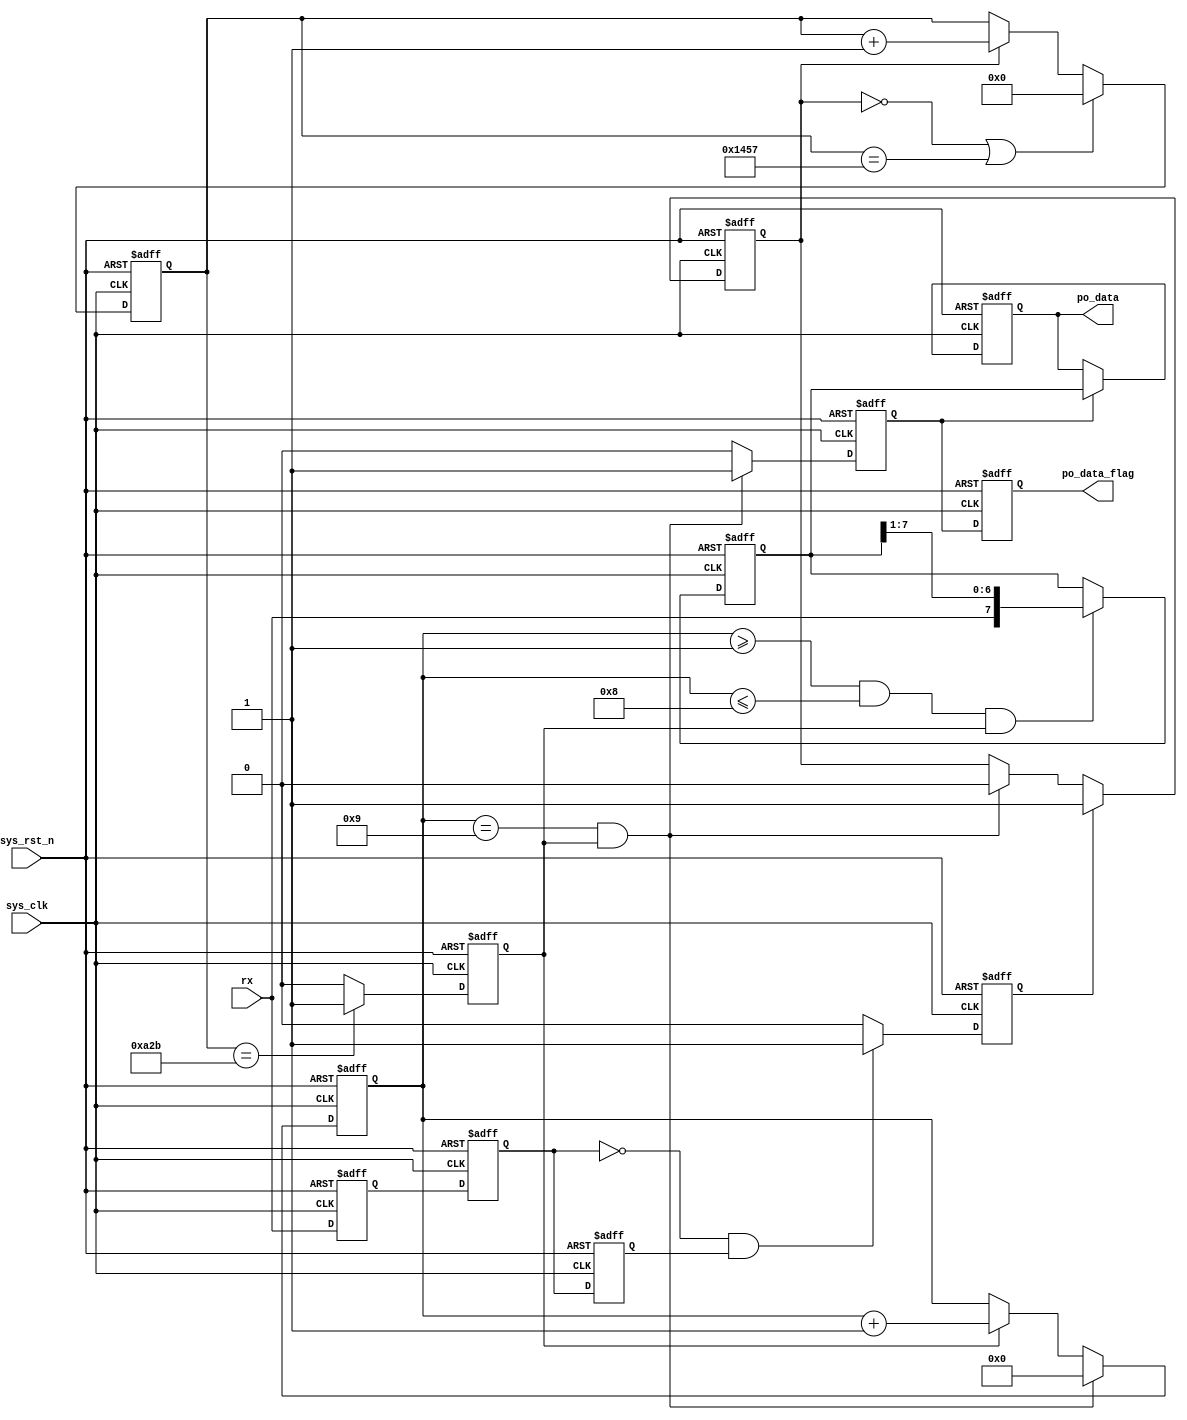
module uart_rx #(
    parameter BAUD_FLAG_MAX = 13'd5207,
    parameter BIT_CNT_MAX = 4'd9
)(
    input wire sys_clk,
    input wire sys_rst_n,
    input wire rx,
    output reg [7:0] po_data,
    output reg po_data_flag
);
    
    reg rx_reg;
    reg rx_reg2;
    reg rx_reg3;    
    reg nedge_flag;
    reg work_en;
    reg [12:0] baud_count;
    reg bit_flag;
    reg [3:0] bit_cnt;
    reg [7:0] rx_data;
    reg rx_data_flag;

    always @(posedge sys_clk or negedge sys_rst_n) begin
        if(sys_rst_n == 1'b0)
            rx_reg <= 1'b0;
        else
            rx_reg <= rx;
    end
    
    //delay 2 clock-period to figure out metastable state
    always @(posedge sys_clk or negedge sys_rst_n) begin
        if(sys_rst_n == 1'b0)
            rx_reg2 <= 1'b0;
        else
            rx_reg2 <= rx_reg;
    end

    always @(posedge sys_clk or negedge sys_rst_n) begin
        if(sys_rst_n == 1'b0)
            rx_reg3 <= 1'b0;
        else 
            rx_reg3 <= rx_reg2;
    end

    //detect negative edge of rx_reg3
    always @(posedge sys_clk or negedge sys_rst_n) begin
        if(sys_rst_n == 1'b0)
            nedge_flag <= 1'b0;
        else if((~rx_reg2) && (rx_reg3))
            nedge_flag <= 1'b1;
        else
            nedge_flag <= 1'b0;
    end

    //when the first nedge_flag=1, it means that uart_rx begins to receive data. At this moment set a "enable signal" to 1.
    always @(posedge sys_clk or negedge sys_rst_n) begin
        if(sys_rst_n == 1'b0)
            work_en <= 1'b0;
        else if(nedge_flag == 1'b1)
            work_en <= 1'b1;
        else if((bit_cnt == BIT_CNT_MAX) && (bit_flag == 1'b1))
            work_en <= 1'b0;
    end

    //It takes baud_count 0~5207 for rx to receive every one bit
    always @(posedge sys_clk or negedge sys_rst_n) begin
        if(sys_rst_n == 1'b0)
            baud_count <= 13'd0;
        else if((work_en == 1'b0) || (baud_count == BAUD_FLAG_MAX))
            baud_count <= 13'd0;
        else if(work_en == 1'b1)
            baud_count <= baud_count + 1'b1;
    end

    //when count to 2603, set a pulse bit_flag to pick the value of rx easily
    always @(posedge sys_clk or negedge sys_rst_n) begin
        if(sys_rst_n == 1'b0)
            bit_flag <=  1'b0;
        else if(baud_count == BAUD_FLAG_MAX/2)
            bit_flag <= 1'b1;
        else
            bit_flag <= 1'b0;
    end 

    //set a sequence of the data, to avoid pick start bit and stop bit
    always @(posedge sys_clk or negedge sys_rst_n) begin
        if(sys_rst_n == 1'b0)
            bit_cnt <= 4'd0;
        else if((bit_flag == 1'b1) && (bit_cnt == BIT_CNT_MAX))
            bit_cnt <= 4'd0;
        else if(bit_flag == 1'b1)
            bit_cnt <= bit_cnt + 1'b1;
    end

    //pick the data and transform the serie to parallel data
    always @(posedge sys_clk or negedge sys_rst_n) begin
        if(sys_rst_n == 1'b0)
            rx_data <= 8'b0000_0000;
        else if((bit_cnt >= 1'b1) && (bit_cnt <= BIT_CNT_MAX - 1'b1) && (bit_flag == 1'b1))
            rx_data <= {rx, rx_data[7:1]};
    end

    //after transformation, send a pulse
    always @(posedge sys_clk or negedge sys_rst_n) begin
        if(sys_rst_n == 1'b0)
            rx_data_flag <= 1'b0;
        else if((bit_cnt == BIT_CNT_MAX) && (bit_flag == 1'b1))
            rx_data_flag <= 1'b1;
        else
            rx_data_flag <= 1'b0;
    end

    // output data
    always @(posedge sys_clk or negedge sys_rst_n) begin
        if (sys_rst_n == 1'b0)
            po_data <= 8'b0000_0000;
        else if (rx_data_flag == 1'b1)
            po_data <= rx_data;
    end

    // output flag
    always @(posedge sys_clk or negedge sys_rst_n) begin
        if (sys_rst_n == 1'b0)
            po_data_flag <= 1'b0;
        else
            po_data_flag <= rx_data_flag;
    end
endmodule